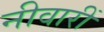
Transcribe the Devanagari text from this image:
नीवारीं